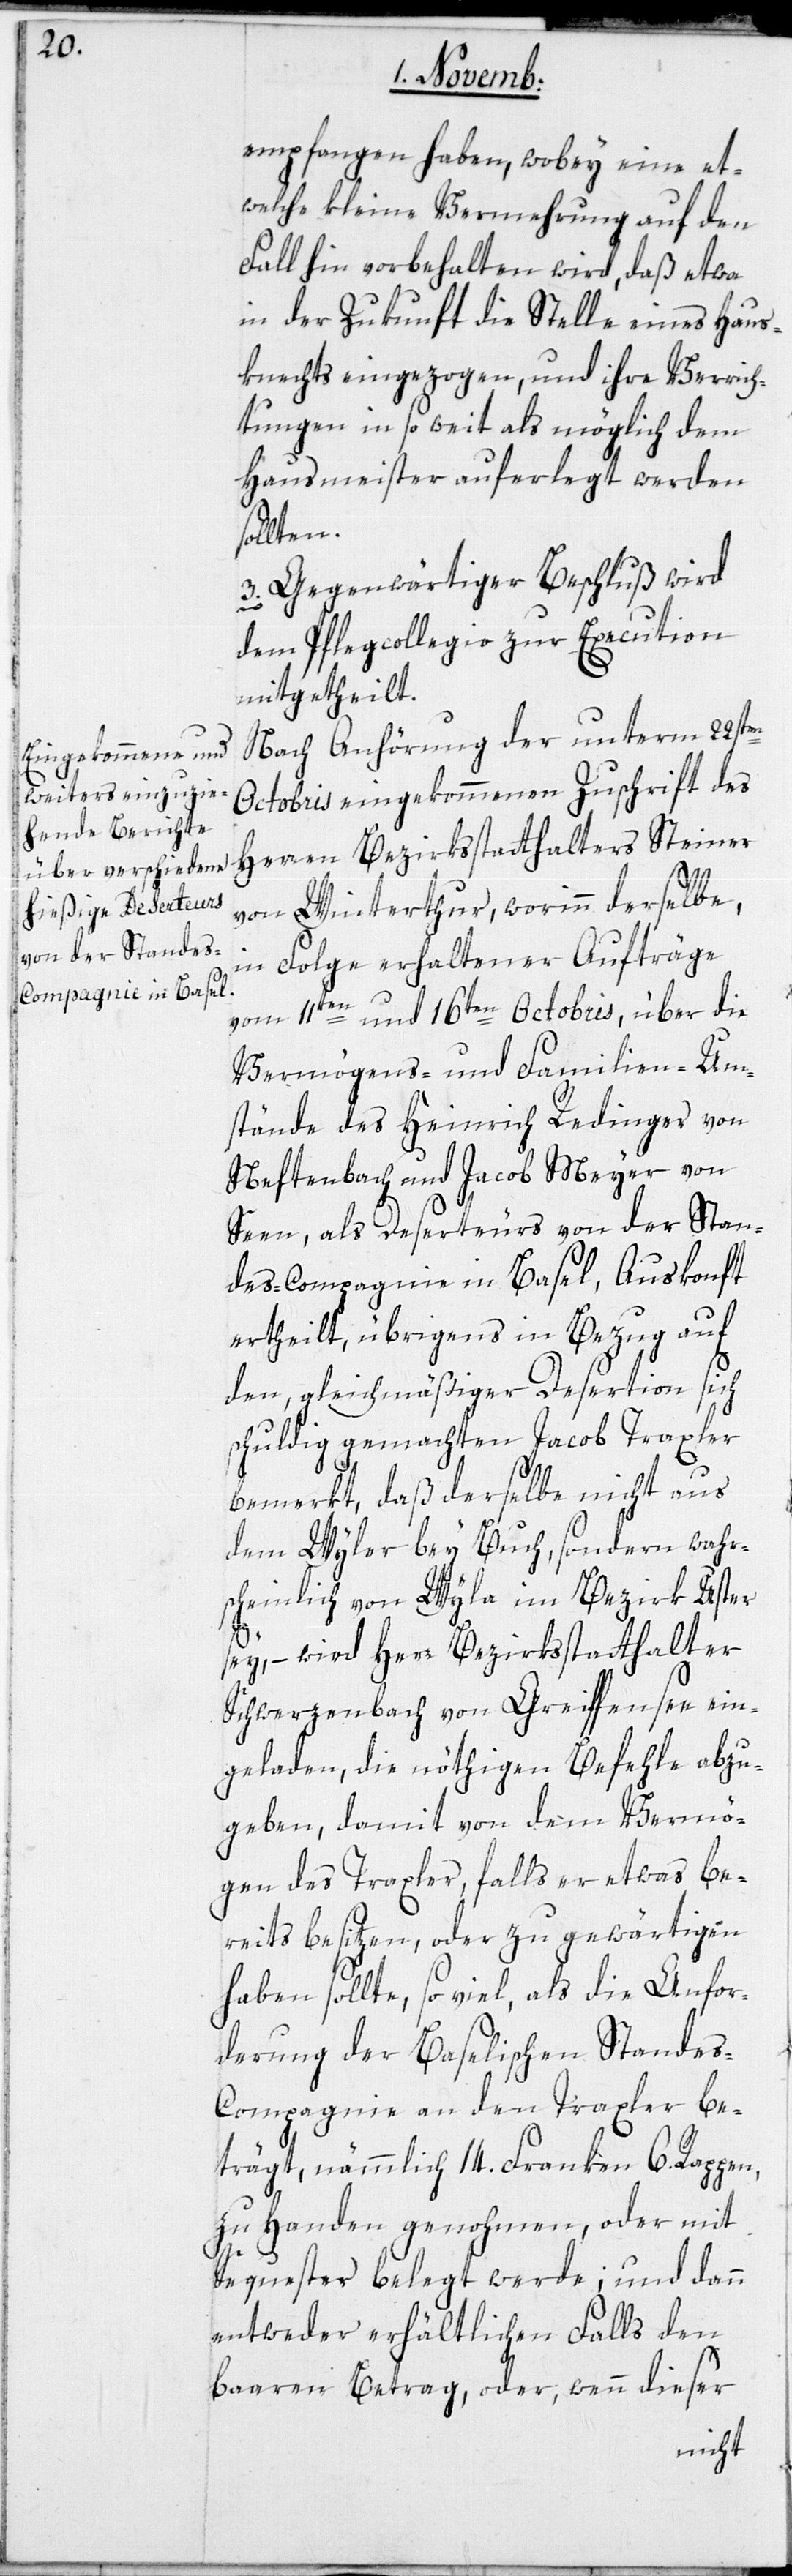
empfangen haben, wobey eine et¬
welche kleine Vermehrung auf den
Fall hin vorbehalten wird, daß etwa
in der Zukunft die Stelle eines Haus¬
knechts eingezogen, und ihre Verrich¬
tungen in so weit als möglich dem
Hausmeister auferlegt werden
sollten.
3. Gegenwärtiger Beschluß wird
dem Pflegcollegio zur Execution
mitgetheilt.
Nach Anhörung der unterm 22sten
Octobris eingekommenen Zuschrift des
Herren Bezirksstatthalters Steiner
von Winterthur, worinn derselbe,
in Folge erhaltener Aufträge
vom 11ten und 16ten Octobris, über die
Vermögens- und Familien-Um¬
stände des Heinrich Redinger von
Neftenbach und Jacob Meyer von
Seen, als Deserteurs von der Stan¬
des-Compagnie in Basel, Auskonft
ertheilt, übrigens in Bezug auf
den, gleichmäßiger Desertion sich
schuldig gemachten Jacob Traxler
bemerkt, daß derselbe nicht aus
dem Wyler bey Buch, sondern wahr¬
scheinlich von Wyla im Bezirk Uster
sey, – wird Herr Bezirksstatthalter
Schwerzenbach von Greiffensee ein¬
geladen, die nöthigen Befehle abzu¬
geben, damit von dem Vermö¬
gen des Traxler, falls er etwas be¬
reits besitzen, oder zu gewärtigen
haben sollte, soviel als die Anfor¬
derung der Baselischen Stande¬
s-Compagnie an den Traxler be¬
trägt, nämmlich 14. Franken 6. Rappen,
zu Handen genohmen, oder mit
Sequester belegt werde; und dann
entweder erhältlichen Falls den
baaren Betrag, oder, wenn dieser